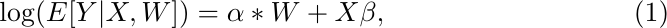
\begin{equation}\label{poisson}
\log(E[Y|X, W]) = \alpha*W +  X\beta,
\end{equation}